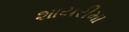
શાયરીમા